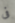
فى